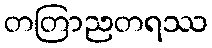
တတြာညတရဿ